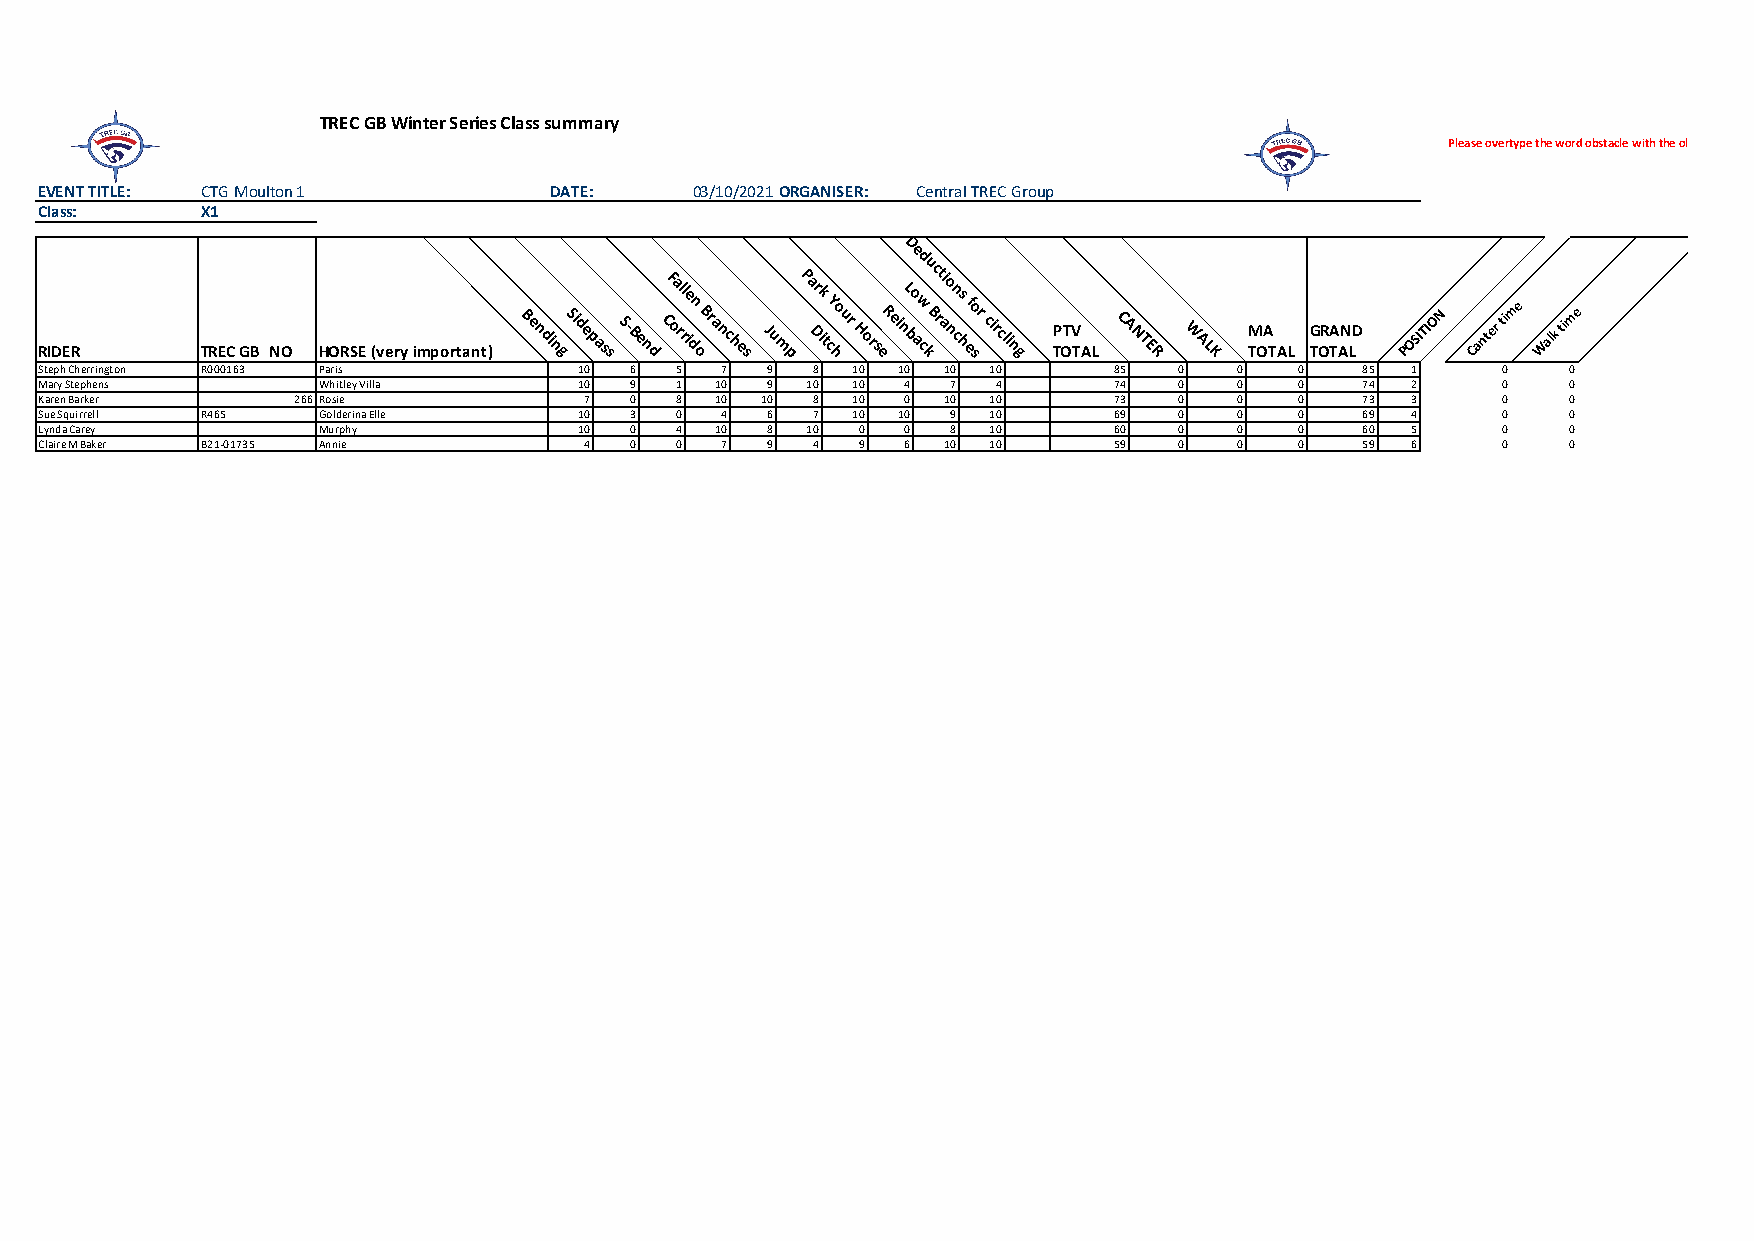
TREC GB Winter Series Class summary
 Please overtype the word obstacle with the obstacle name.
 EVENT TITLE: CTG Moulton 1       DATE:     03/10/2021ORGANISER: Central TREC Group
 Class:    X1
 De
 d
 RIDER     TREC GB NO HORSE (very important) Be n di ngSi d e passS- Be n
 dCF oa rl rle
 i dn o Bra nc h esJu m
 pP a Dr ik
 t cY ho ur H orseRei
 nL bo
 aw ck
 u Bc rt ai o nn
 c
 hs
 ef o sr circli ng P TOTV T AL C A N TE R W AL K M TOA T AL G TORA TAN LD POSITION Canter time Walk time
 Steph Cherrington R000163 Paris    10  6  5  7  9  8 10 10 10 10       85  0   0   0   85 1     0    0
 Mary Stephens     Whitley Villa    10  9  1 10  9 10 10  4  7  4       74  0   0   0   74 2     0    0
 Karen Barker    266Rosie            7  0  8 10 10  8 10  0 10 10       73  0   0   0   73 3     0    0
 Sue Squirrell R465 Golderina Elle  10  3  0  4  6  7 10 10  9 10       69  0   0   0   69 4     0    0
 Lynda Carey       Murphy           10  0  4 10  8 10  0  0  8 10       60  0   0   0   60 5     0    0
 Claire M Baker B21-01735 Annie      4  0  0  7  9  4  9  6 10 10       59  0   0   0   59 6     0    0